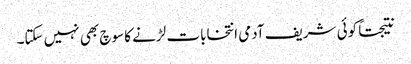
نتیجتاً کوئی شریف آدمی انتخابات لڑنے کا سوچ بھی نہیں سکتا۔